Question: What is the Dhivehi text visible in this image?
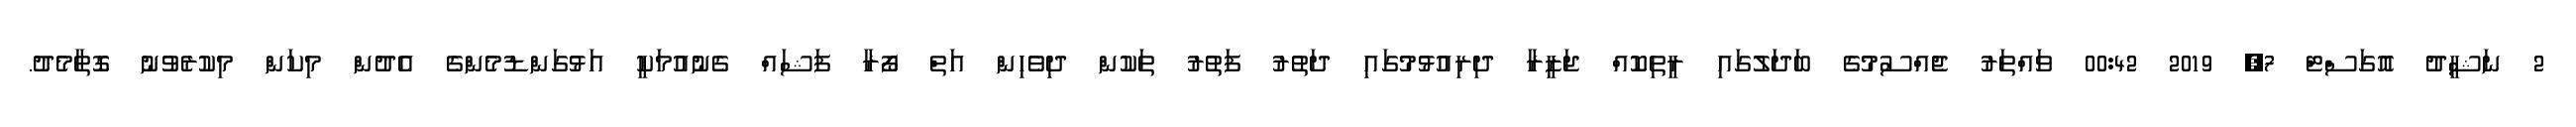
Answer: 2 ނަޝީދު އޮގަސްޓް 7, 2019 00:42 ވައްތަރު ޖެއްސުމުގެ ބަދަލުގައި ރީތިކޮއް ޖަޒީރާ ދިރިއުޅުމުގައި ދަތުރު ފަތުރު ތަކުން ދިވެހިން އަތް ފޯރާ ފަޝައް ގެނުއުމަކީ އަޅުގަންޑުމެންގެ އެދުން މިކަން މިކުރެވުނު ގޮތާމެދު.